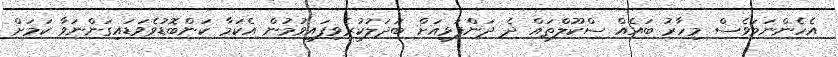
އެހެންނަމަވެސް މިހާރު ބައެއް ސްކޫލްތައް ދެ ދަންފަޅިއަށް ބަދަލުކުރެވިފައިވުމުން އެކަމާ ކަންބޮޑުވެވަޑައިގަންނަވާ ކަމަށް